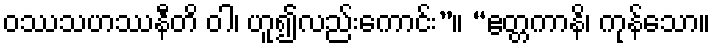
ဝဿသဟဿနီတိ ဝါ၊ ဟူ၍လည်းကောင်း”။ “ဧတ္တကာနိ၊ ကုန်သော။